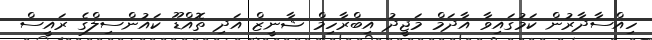
ހިއްސާދާރުން ކަމުގައިވާ އާދަމް މަޖީދު އިބްރާހިމް ޝާނީޒް އަދި ތޮއްޑޫ ކައުންސިލްގެ ރައީސް